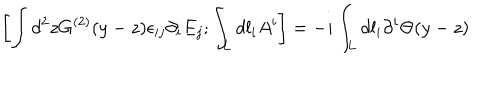
LaTeX: \left[ \int d ^ { 2 } z G ^ { ( 2 ) } ( y - z ) \epsilon _ { i j } \partial _ { i } E _ { j } ; \int _ { L } d l _ { i } A ^ { i } \right] = - i \int _ { L } d l _ { i } \partial ^ { i } \Theta ( y - z )